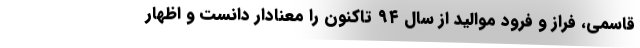
قاسمی، فراز و فرود موالید از سال ۹۴ تاکنون را معنادار دانست و اظهار